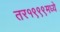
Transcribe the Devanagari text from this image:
तर१९९९मध्ये